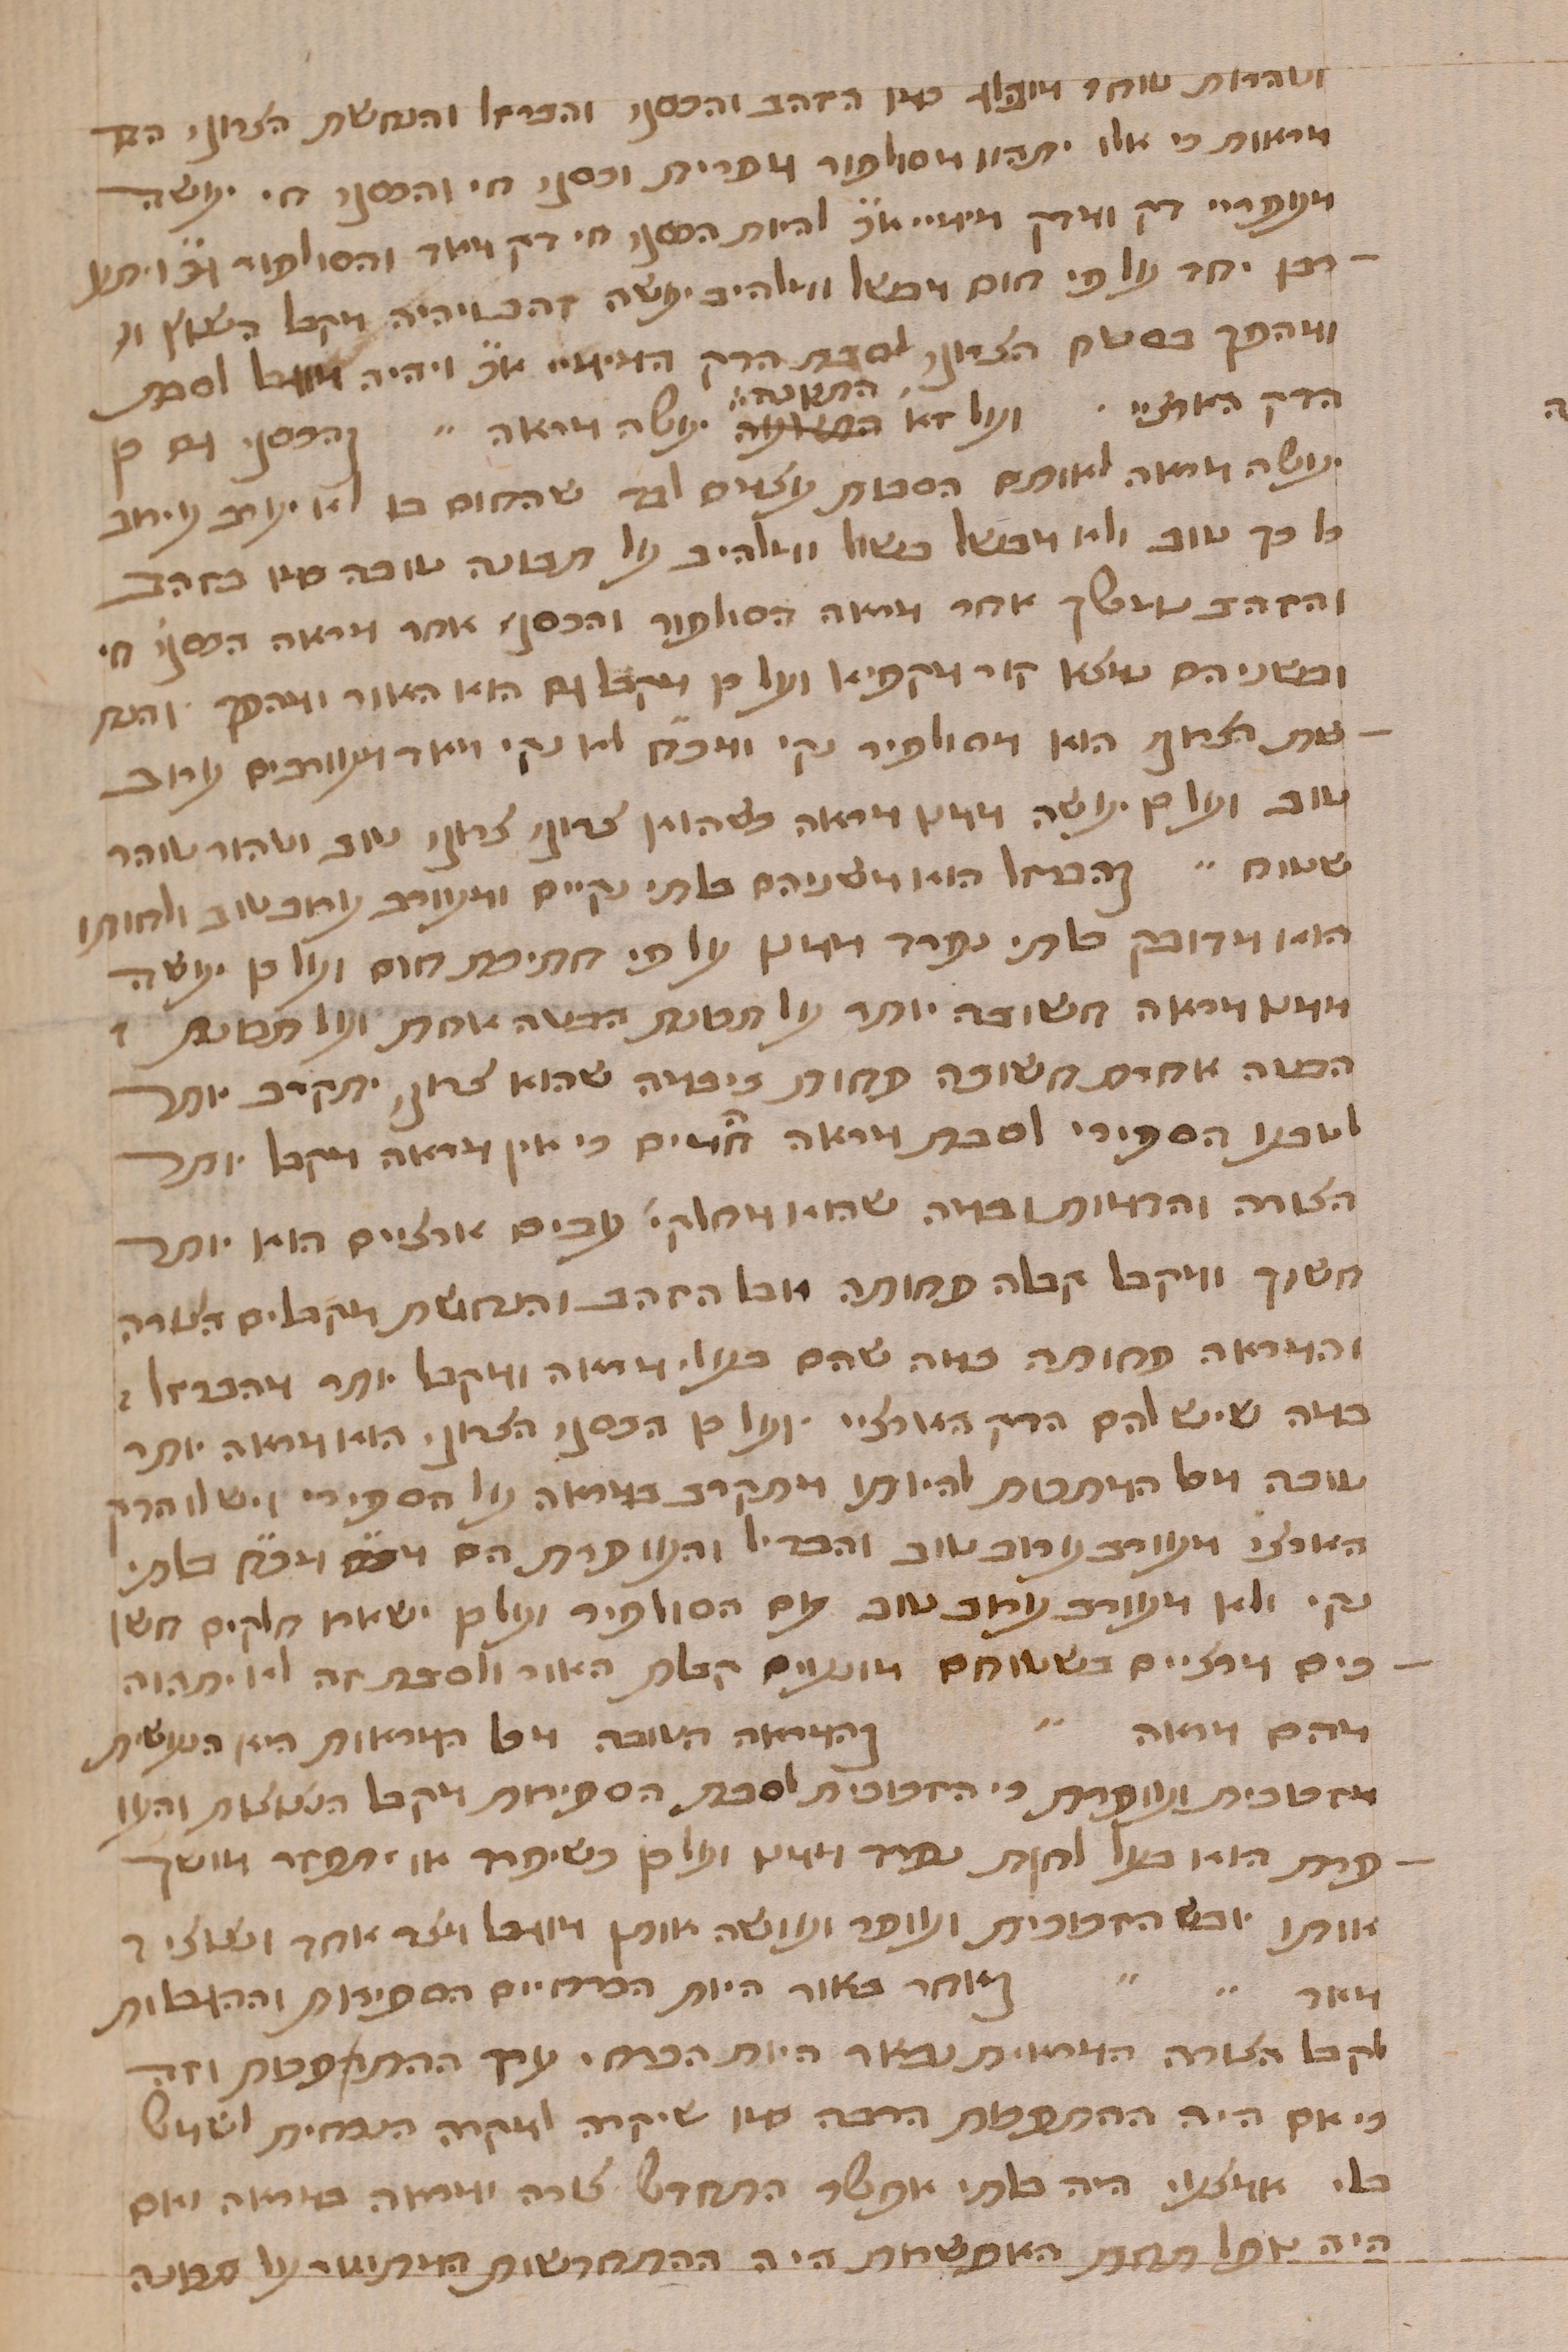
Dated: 1400–1499